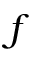
f